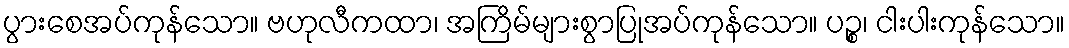
ပွားစေအပ်ကုန်သော။ ဗဟုလီကထာ၊ အကြိမ်များစွာပြုအပ်ကုန်သော။ ပဉ္စ၊ ငါးပါးကုန်သော။